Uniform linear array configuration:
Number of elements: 4
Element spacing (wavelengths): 0.5
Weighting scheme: hamming
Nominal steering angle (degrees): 30
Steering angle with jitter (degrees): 31.041
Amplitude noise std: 0.05
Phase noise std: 0.05

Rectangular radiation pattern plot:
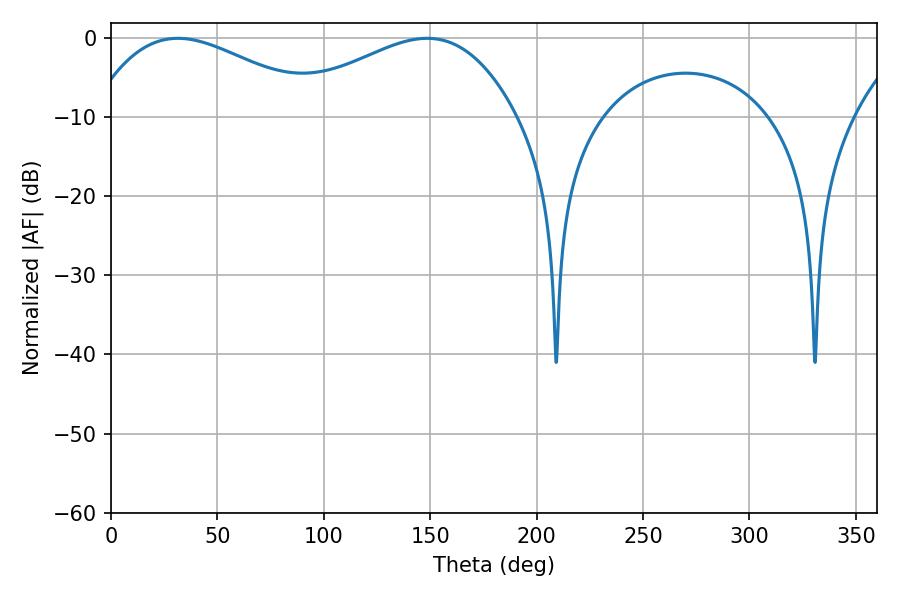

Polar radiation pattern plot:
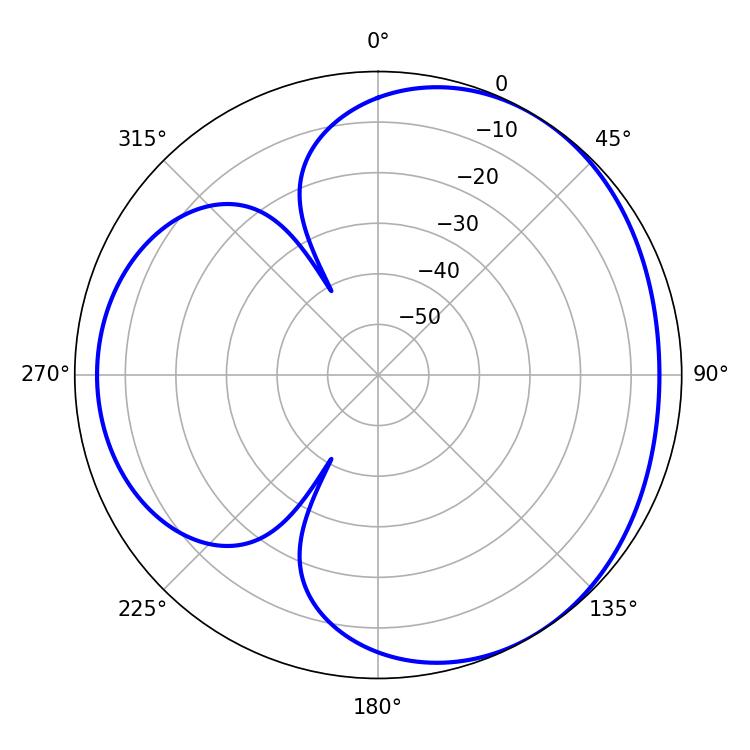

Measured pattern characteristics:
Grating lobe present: FALSE
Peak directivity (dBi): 3.482
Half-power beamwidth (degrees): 59.76
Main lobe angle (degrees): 31.5